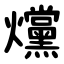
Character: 爣